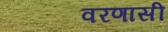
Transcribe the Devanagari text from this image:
वरणासी